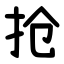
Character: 抢